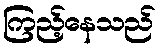
ကြည့်နေသည်